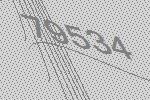
79534